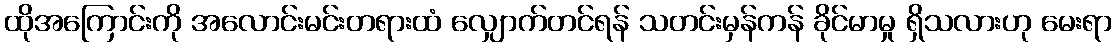
ထိုအကြောင်းကို အလောင်းမင်းတရားထံ လျှောက်တင်ရန် သတင်းမှန်ကန် ခိုင်မာမှု ရှိသလားဟု မေးရာ